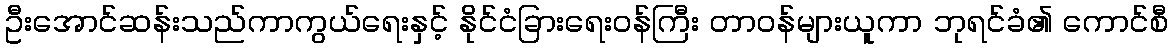
ဦးအောင်ဆန်းသည်ကာကွယ်ရေးနှင့် နိုင်ငံခြားရေးဝန်ကြီး တာဝန်များယူကာ ဘုရင်ခံ၏ ကောင်စီ